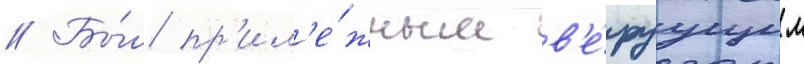
// Бы́л пр'ил'е́жным в'е́руущим